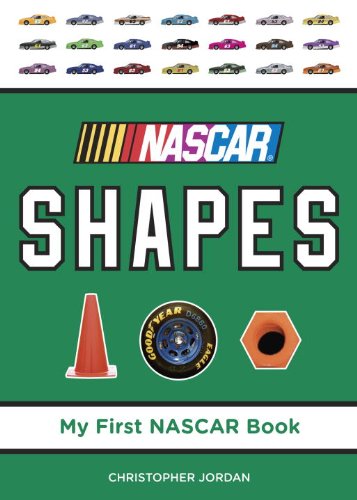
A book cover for NASCAR Shapes (My First NASCAR Racing Series); Christopher Jordan; Children's Books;